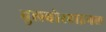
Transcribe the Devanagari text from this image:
बुलबोस्पाइनल